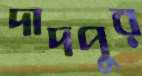
দাদপুর